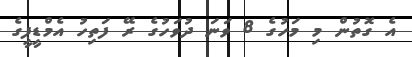
އެ ގޮތުން މި މަހުގެ 8 ވަނަ ދުވަހުގެ ރޭ ފަތިހު އެމްޑީޕީގެ